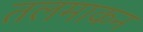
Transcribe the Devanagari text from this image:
तलमाकन